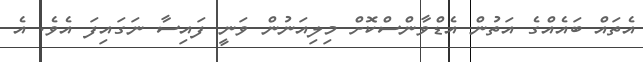
އެތައް ބައެއްގެ އަތުން އެޑްވާންސްކޮށް މިލިއަނުން ވަނީ ފައިސާ ނަގައިފަ އެވެ. އެ